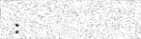
: